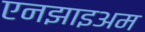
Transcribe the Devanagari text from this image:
एनझाइअम